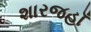
શારજહાઁ